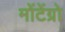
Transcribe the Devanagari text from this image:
मोंटेंग्रो